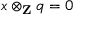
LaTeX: x \otimes _ { \mathbf { Z } } q = 0